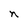
Character: n